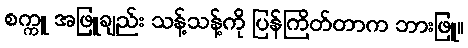
စက္ကူ အဖြူချည်း သန့်သန့်ကို ပြန်ကြိတ်တာက ဘားဖြူ။